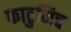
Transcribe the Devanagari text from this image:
काटुनिच